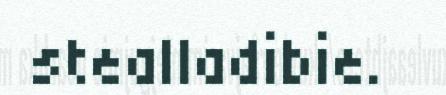
stealladibie.